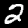
Label: 2